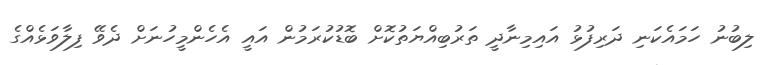
ލިބުނު ހަމައެކަނި ދަރިފުޅު އައިމިނާދީ ތަރުބިއްޔަތުކޮށް ބޮޑުކުރަމުން އައީ އެހެންމީހުނަށް ދެވޭ ފިލާވަޅެއްގެ